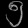
Digit: ၅